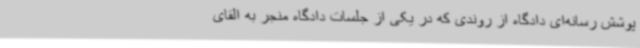
پوشش رسانه‌ای دادگاه از روندی که در یکی از جلسات دادگاه منجر به القای